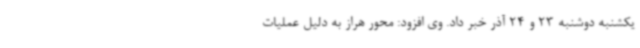
یکشنبه دوشنبه 23 و 24 آذر خبر داد. وی افزود: محور هراز به دلیل عملیات